Raikkula_vallavalitsus, lk 5
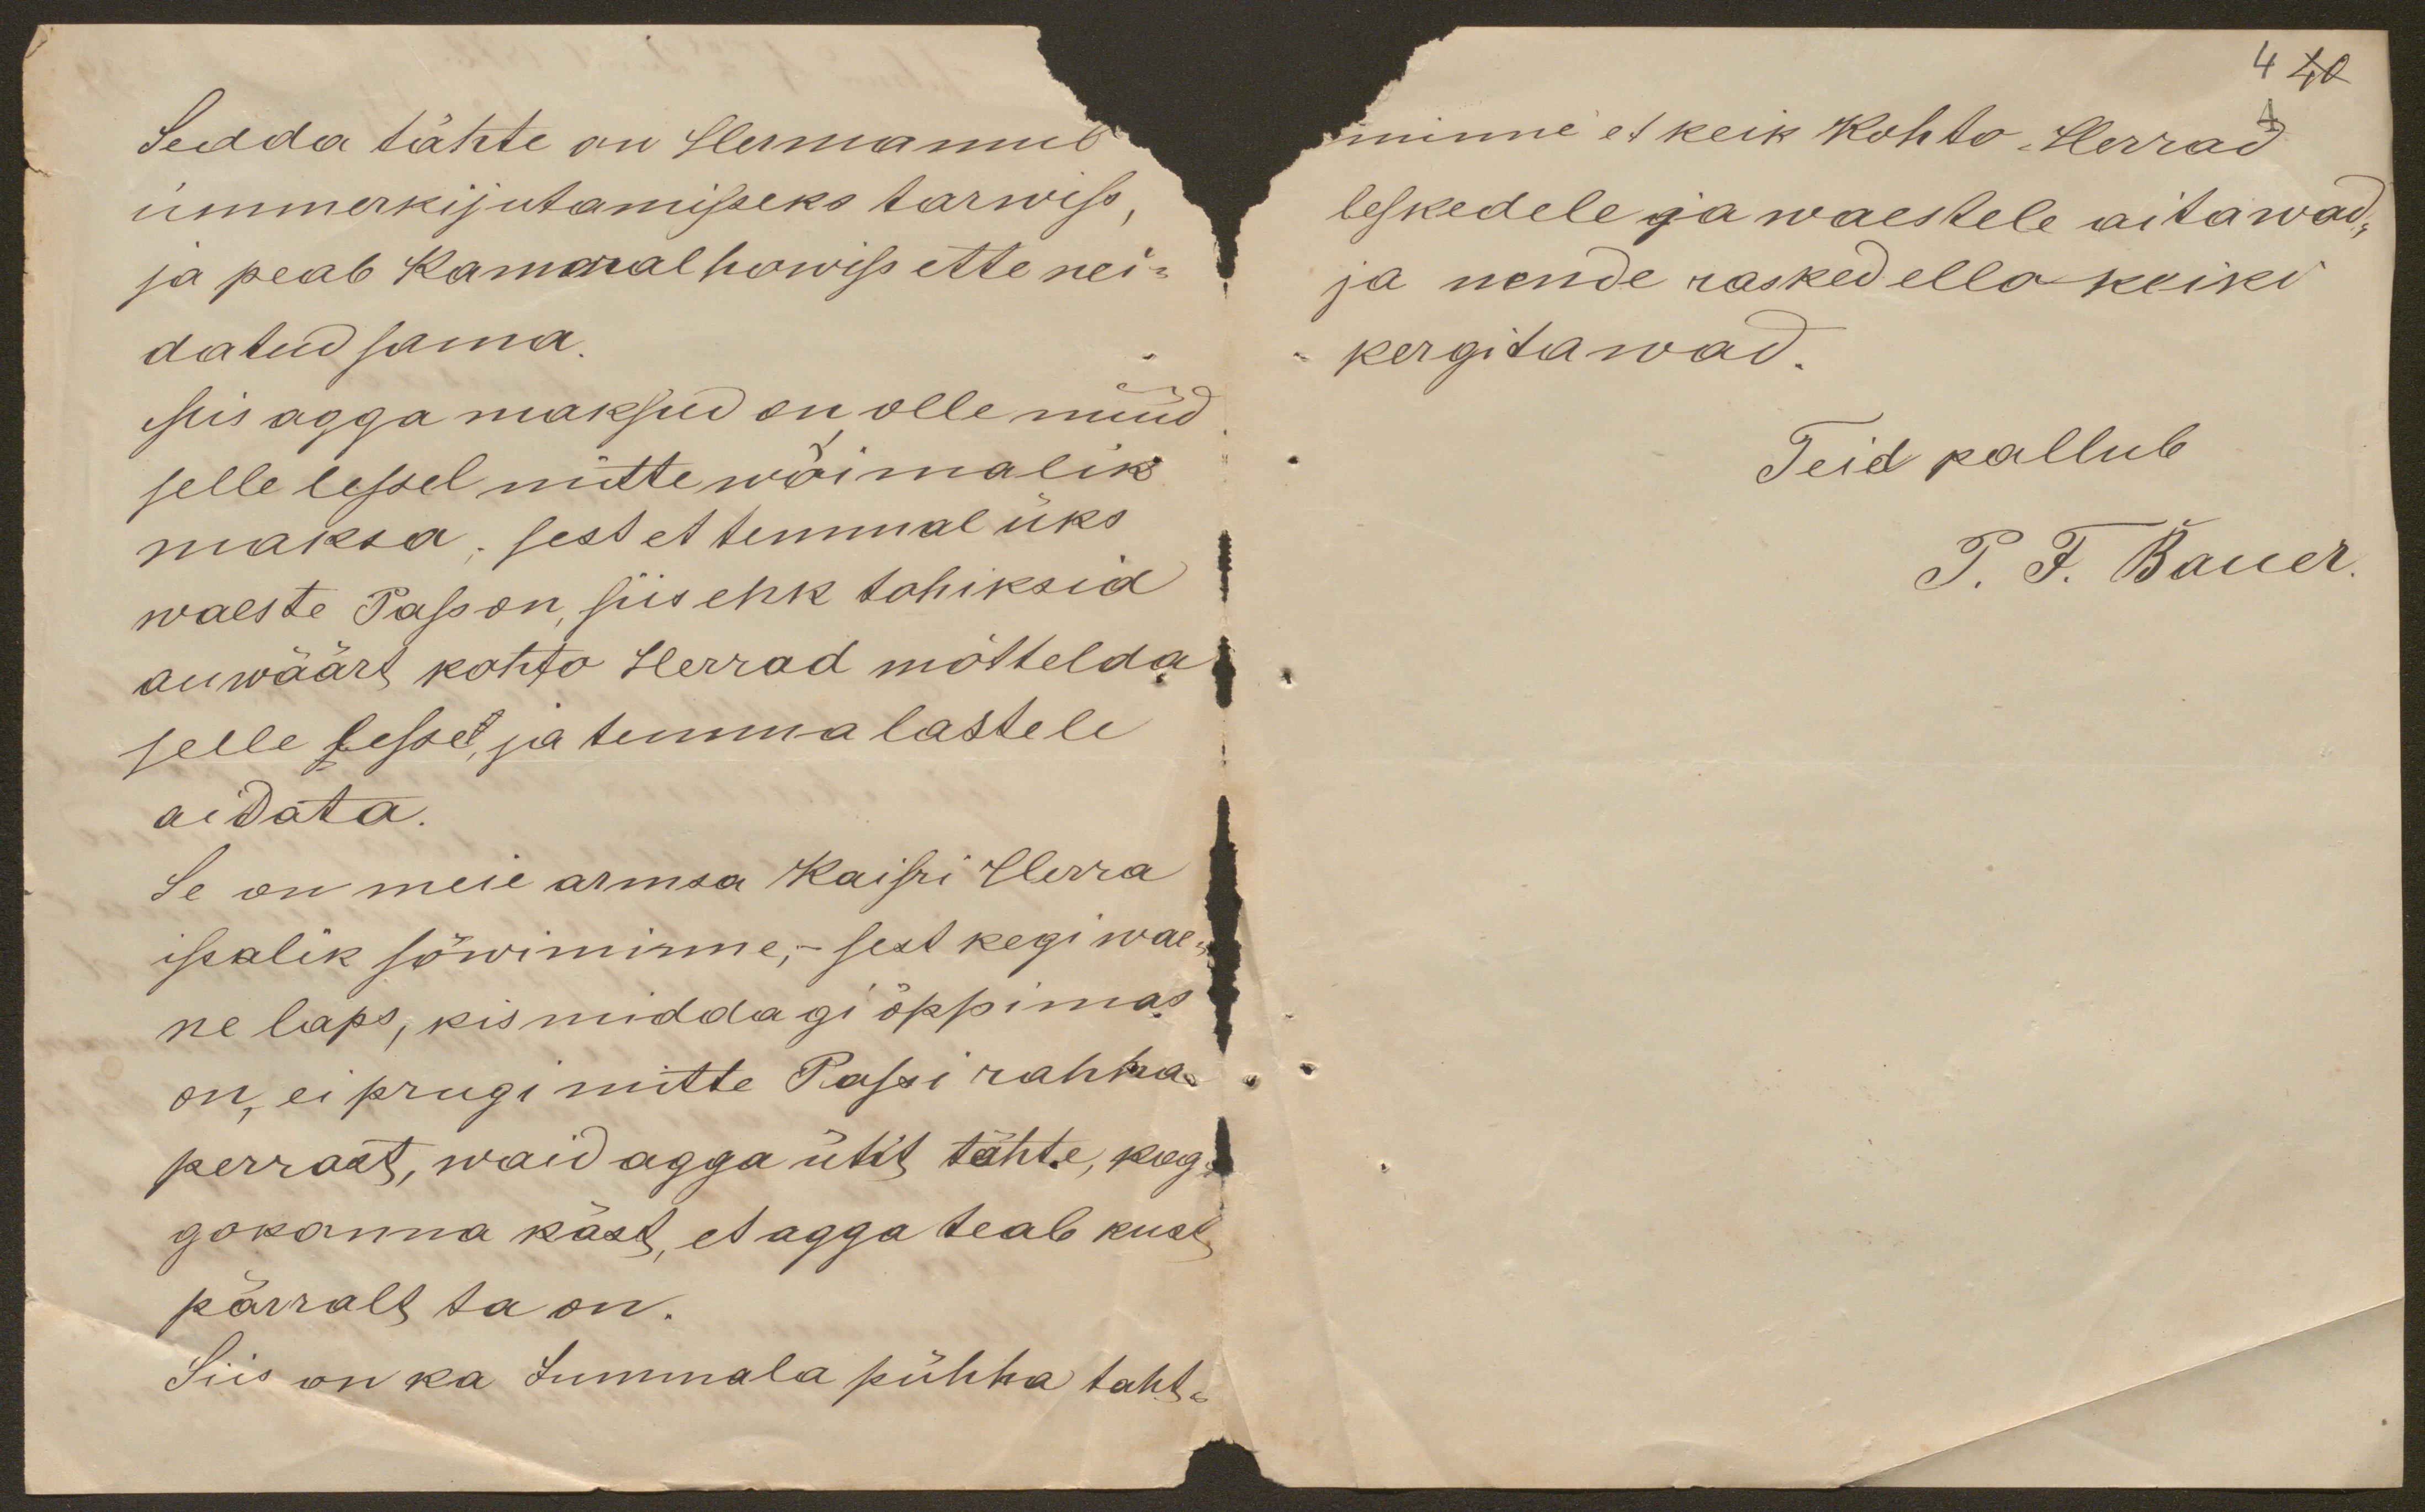
Sedda tähte on Hermannil
ümmerkijutamisseks tarwis,
ja peab Kamaral howiss ette nei-
datud sama.
siis agga maksud on olle nüüd
selle lessel mitte wõimalik
maksa; sest et temmal üks
waeste Pass on, siis ehk tohiksid
auwäärt kohto herrad mõttelda
selle lessel ja temma lastele
aidata.
Se on meie armsa Kaisri Herra
isalik sõwiminne, - sest kegi wae-
ne laps, kis middagi õppimas
on, ei prugi mitte Passi rahha
perrast, waid agga üht tähte, kog
gokonna käst, et agga teab kust
pärralt ta on.
Siis on ka Jummala pühha taht-

4 40
minne et keik Kohto Herrad
leskedele ja waestele aitawad,
ja nende rasked ella keiki
kergitawad.
Teid pallub
T. F. Bauer